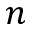
n